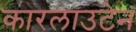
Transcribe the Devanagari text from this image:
कारलाउटेन